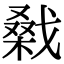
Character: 𢧱